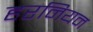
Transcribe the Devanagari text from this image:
हरनियन